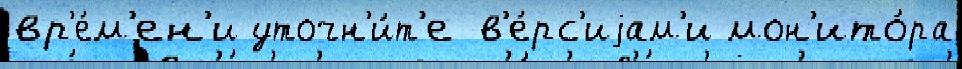
вр'е́м'ен'и уточн'и́т'е в'е́рс'иjам'и мон'ито́ра